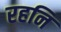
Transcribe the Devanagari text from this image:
रहनि